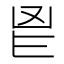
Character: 𮫖